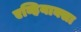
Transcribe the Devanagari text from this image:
एव्हियाक्सा